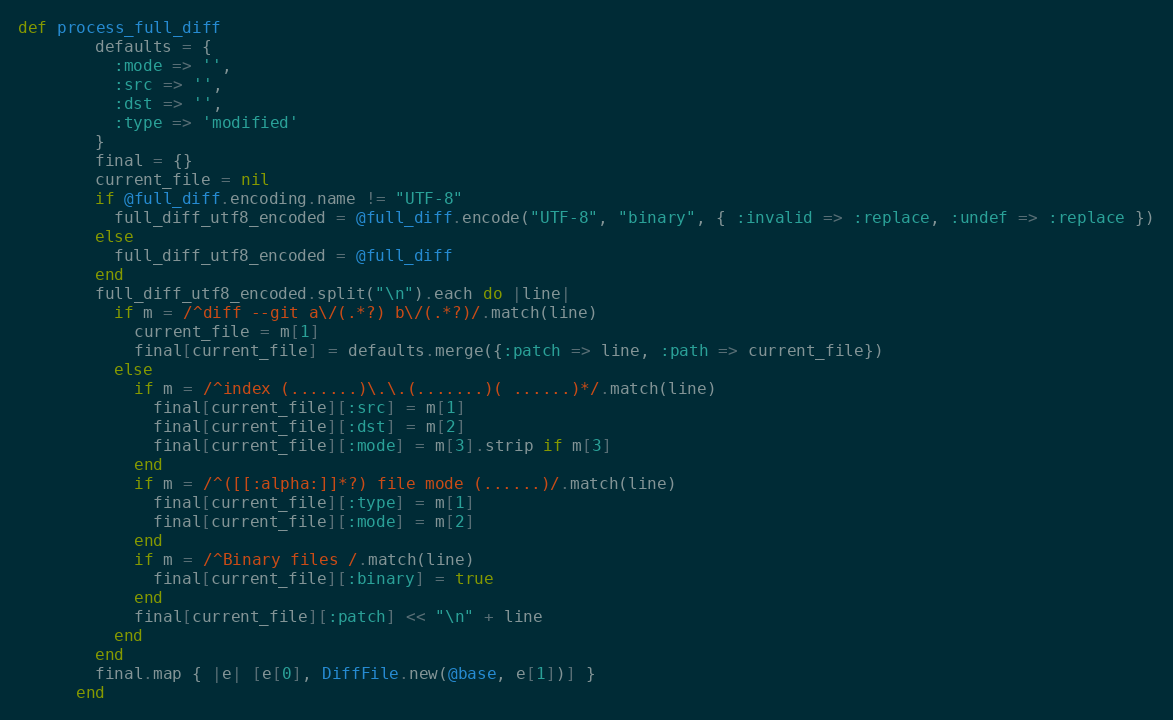
Language: Ruby
def process_full_diff
        defaults = {
          :mode => '',
          :src => '',
          :dst => '',
          :type => 'modified'
        }
        final = {}
        current_file = nil
        if @full_diff.encoding.name != "UTF-8"
          full_diff_utf8_encoded = @full_diff.encode("UTF-8", "binary", { :invalid => :replace, :undef => :replace })
        else
          full_diff_utf8_encoded = @full_diff
        end
        full_diff_utf8_encoded.split("\n").each do |line|
          if m = /^diff --git a\/(.*?) b\/(.*?)/.match(line)
            current_file = m[1]
            final[current_file] = defaults.merge({:patch => line, :path => current_file})
          else
            if m = /^index (.......)\.\.(.......)( ......)*/.match(line)
              final[current_file][:src] = m[1]
              final[current_file][:dst] = m[2]
              final[current_file][:mode] = m[3].strip if m[3]
            end
            if m = /^([[:alpha:]]*?) file mode (......)/.match(line)
              final[current_file][:type] = m[1]
              final[current_file][:mode] = m[2]
            end
            if m = /^Binary files /.match(line)
              final[current_file][:binary] = true
            end
            final[current_file][:patch] << "\n" + line
          end
        end
        final.map { |e| [e[0], DiffFile.new(@base, e[1])] }
      end